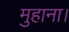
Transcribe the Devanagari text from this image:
मुहाना।